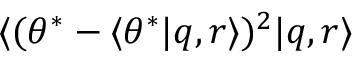
\langle ( \theta ^ { * } - \langle \theta ^ { * } | q , r \rangle ) ^ { 2 } | q , r \rangle